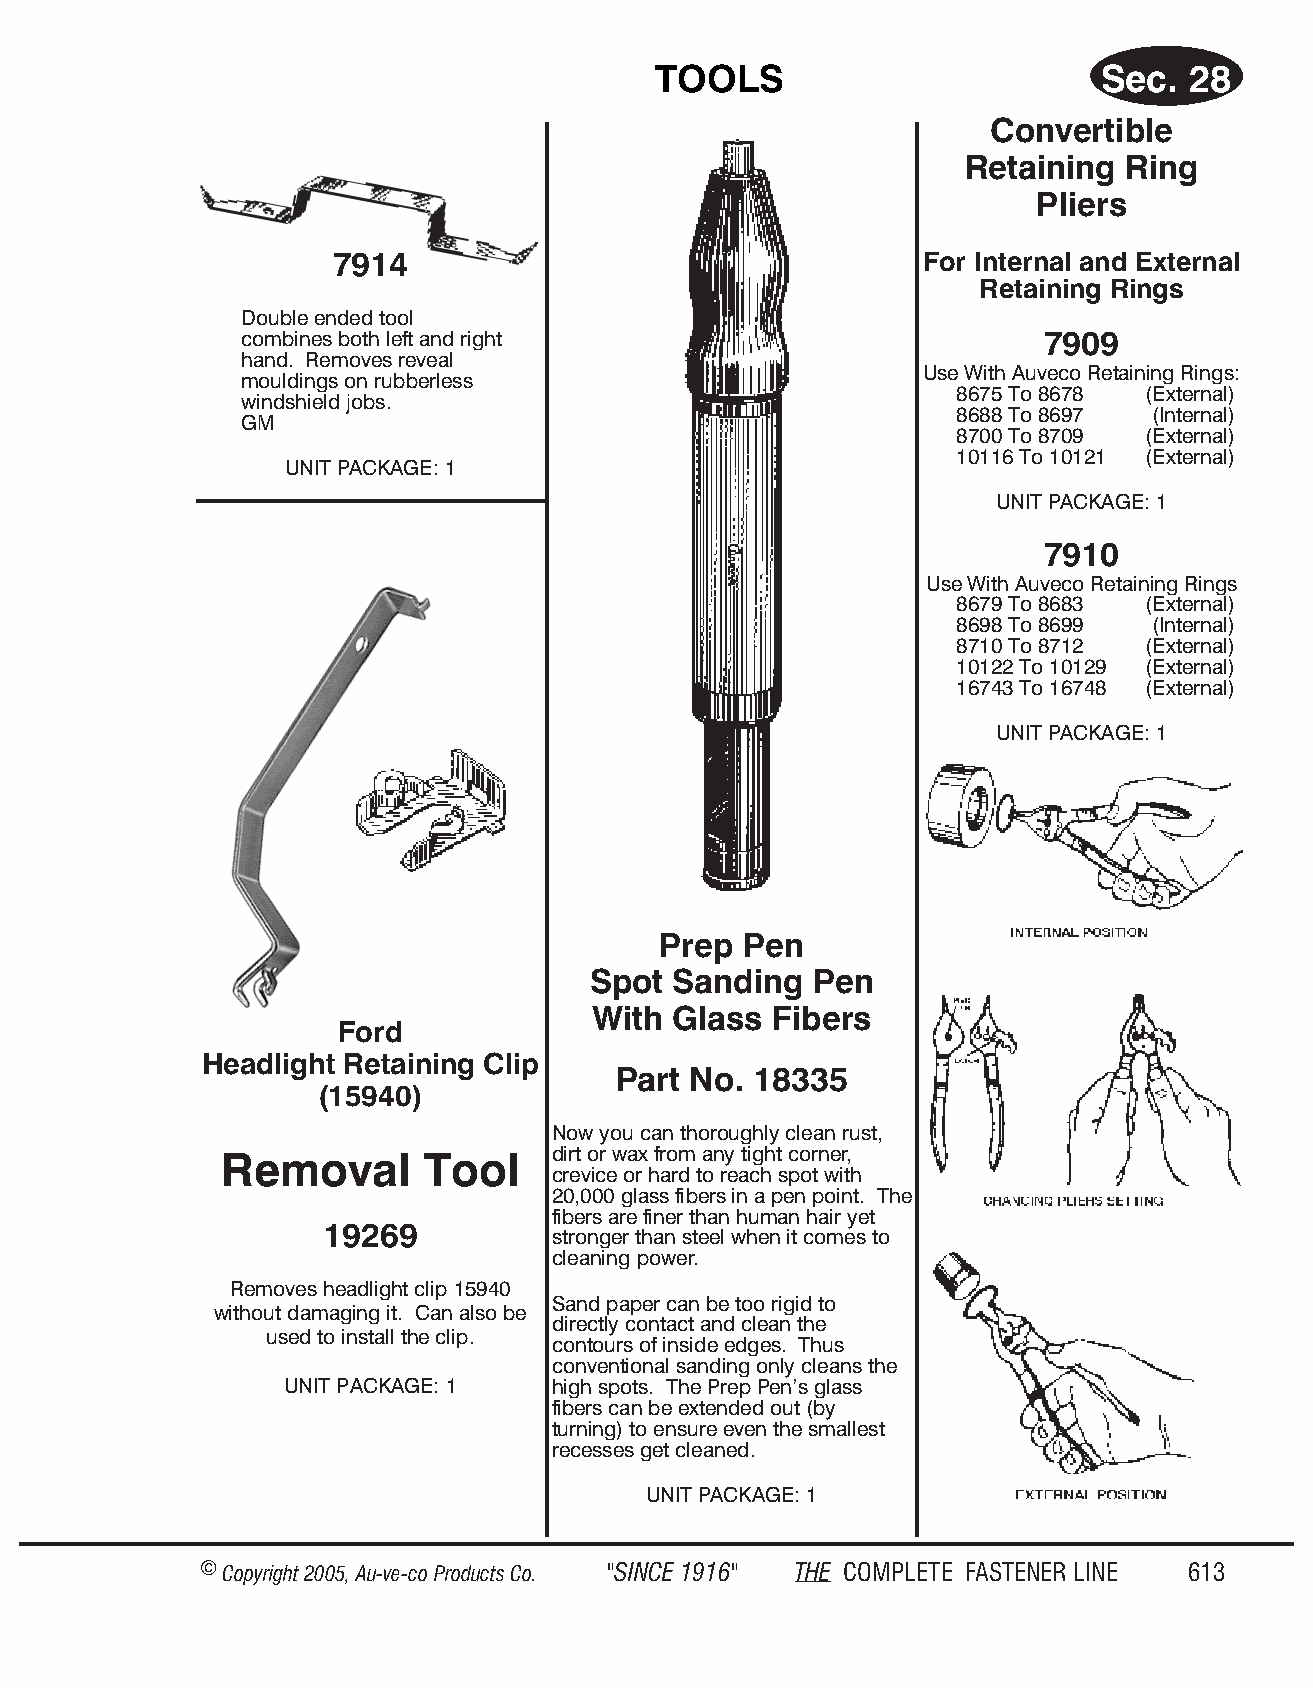
TOOLS                        Sec.  28
 Convertible
 Retaining  Ring
 Pliers
 7914                                   For Internal and External
 Retaining Rings
 Double ended tool
 combines both left and right                         7909
 hand. Removes reveal
 Use With Auveco Re tain ing Rings:
 mouldings on rubberless
 8675 To 8678 (External)
 windshield jobs.
 8688 To 8697 (Internal)
 GM
 8700 To 8709 (External)
 10116 To 10121 (External)
 UNIT PACK AGE: 1
 UNIT PACK AGE: 1
 7910
 Use With Auveco Re tain ing Rings
 8679 To 8683 (External)
 8698 To 8699 (Internal)
 8710 To 8712 (External)
 10122 To 10129 (External)
 16743 To 16748 (External)
 UNIT PACK AGE: 1
 Prep Pen
 Spot  Sanding  Pen
 With  Glass Fibers
 Ford
 Headlight Retaining Clip
 Part No. 18335
 (15940)
 Now you can thor oughly clean rust,
 dirt or wax from any tight corn er,
 Removal      Tool
 crevi ce or hard to reach spot with
 20,000 glass fi bers in a pen point. The
 fib ers are finer than hum an hair yet
 19269
 strong er than steel when it com es to
 clean ing power.
 Removes headlight clip 15940
 Sand pa per can be too rigid to
 without damaging it. Can also be
 dir ectly cont act and clean the
 used to install the clip.
 con tours of ins ide edges. Thus
 con vent ional sand ing only cleans the
 UNIT PACKAGE: 1   high spots. The Prep Pen’s glass
 fi bers can be ex tended out (by
 turni ng) to ens ure even the small est
 rec esses get cleaned.
 UNIT PACK AGE: 1
 © Copyr ight 2005, Au-ve-co Produ cts Co. "SINCE 1916" THE COM PLETE FAST ENER LINE 613